Code of medical and sanitary regulations for the guidance of medical officers serving in the Madras Presidency - Volume I
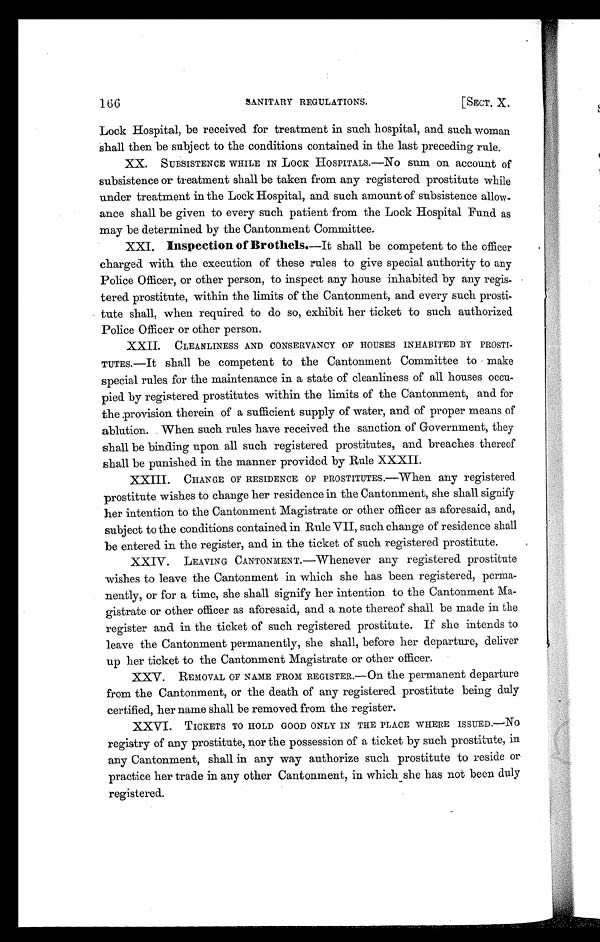
166
SANITARY REGULATIONS.
[SECT. X
Lock Hospital, be received for treatment in such hospital, and such woman
shall then be subject to the conditions contained in the last preceding rule.
XX.
SUBSISTENCE WHILE IN LOCK HOSPITALS.—No sum on account of
subsistence or treatment shall be taken from any registered prostitute while
under treatment in the Lock Hospital, and such amount of subsistence allow-
ance shall be given to every such patient from the Lock Hospital Fund as
may be determined by the Cantonment Committee.
XXI.
Inspection of Brothels. —It shall be competent to the officer
charged with the execution of these rules to give special authority to any
Police Officer, or other person, to inspect any house inhabited by any regis-
tered prostitute, within the limits of the Cantonment, and every such prosti-
tute shall, when required to do so, exhibit her ticket to such authorized
Police Officer or other person.
XXII.
CLEANLINESS AND CONSERVANCY OF HOUSES INHABITED BY PROSTI-
TUTES.—It shall be competent to the Cantonment Committee to make
special rules for the maintenance in a state of cleanliness of all houses occu-
pied by registered prostitutes within the limits of the Cantonment, and for
the provision therein of a sufficient supply of water, and of proper means of
ablution. When such rules have received the sanction of Government, they
shall be binding upon all such registered prostitutes, and breaches thereof
shall be punished in the manner provided by Rule XXXII.
XXIII.
CHANGE OF RESIDENCE OF PROSTITUTES.—When any registered
prostitute wishes to change her residence in the Cantonment, she shall signify
her intention to the Cantonment Magistrate or other officer as aforesaid, and,
subject to the conditions contained in Rule VII, such change of residence shall
be entered in the register, and in the ticket of such registered prostitute.
XXIV.
LEAVING CANTONMENT.—Whenever any registered prostitute
wishes to leave the Cantonment in which she has been registered, perma-
nently, or for a time, she shall signify her intention to the Cantonment Ma-
gistrate or other officer as aforesaid, and a note thereof shall be made in the
register and in the ticket of such registered prostitute. If she intends to
leave the Cantonment permanently, she shall, before her departure, deliver
up her ticket to the Cantonment Magistrate or other officer.
XXV.
REMOVAL OF NAME FROM REGISTER.—On the permanent departure
from the Cantonment, or the death of any registered prostitute being duly
certified, her name shall be removed from the register.
XXVI.
TICKETS TO HOLD GOOD ONLY IN THE PLACE WHERE ISSUED.—No
registry of any prostitute, nor the possession of a ticket by such prostitute, in
any Cantonment, shall in any way authorize such prostitute to reside or
practice her trade in any other Cantonment, in which she has not been duly
registered.